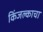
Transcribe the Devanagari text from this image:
किंजल्काचा